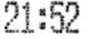
21:52